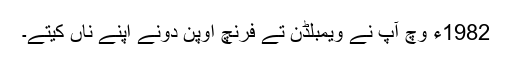
1982ء وچ آپ نے ویمبلڈن تے فرنچ اوپن دونے اپنے ناں کیتے۔